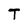
Character: T